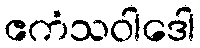
ဧကံသဝါဒေါ